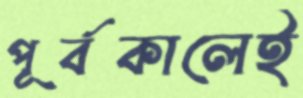
পূর্বকালেই